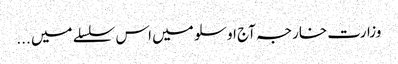
وزارت خارجہ آج اوسلو میں اس سلسلے میں ...